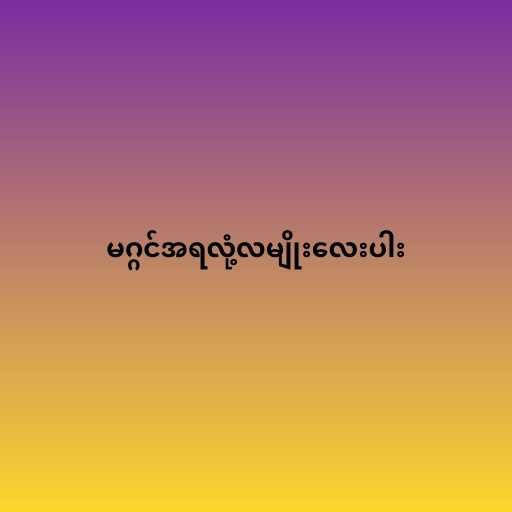
မဂ္ဂင်အရလုံ့လမျိုးလေးပါး